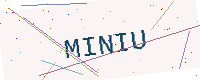
Text: MINIU